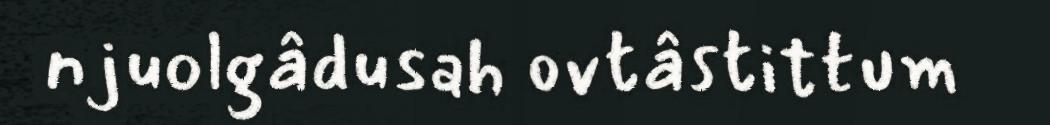
njuolgâdusah ovtâstittum